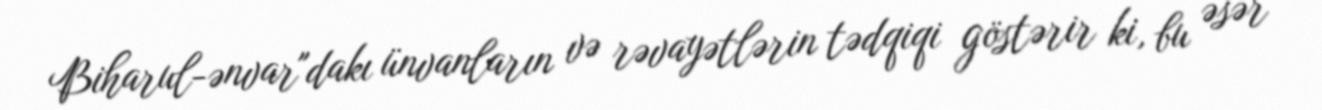
Biharul-ənvar"dakı ünvanların və rəvayətlərin tədqiqi göstərir ki, bu əsər